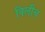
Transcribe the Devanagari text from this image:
विलीच